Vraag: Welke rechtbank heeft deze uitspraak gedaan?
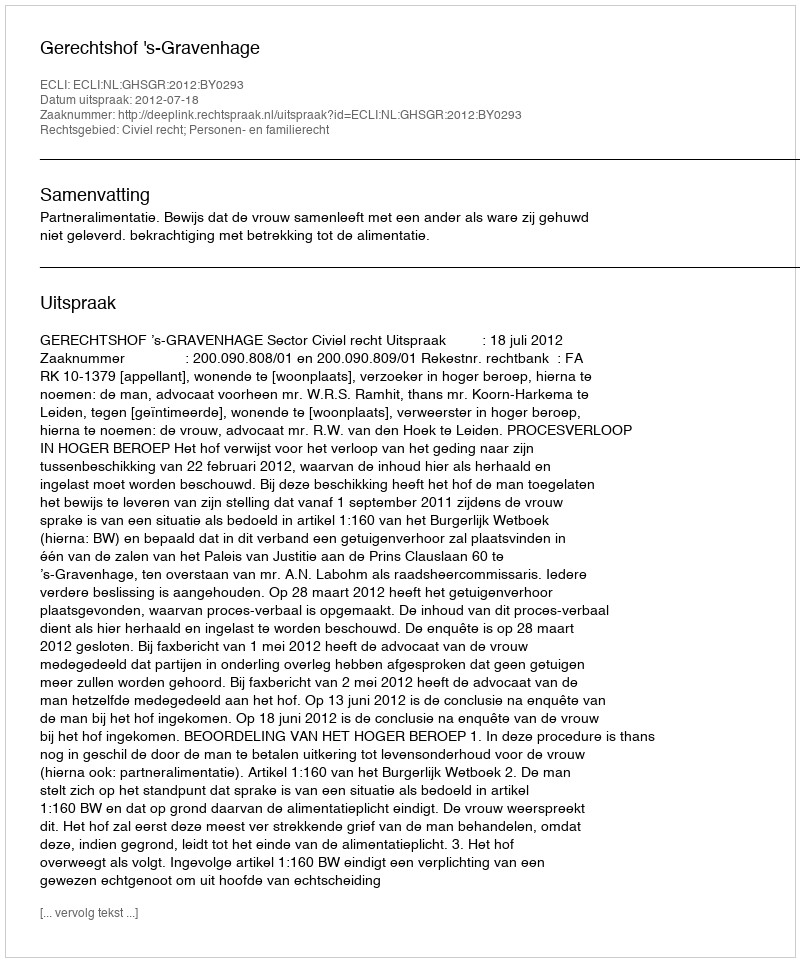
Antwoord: Gerechtshof 's-Gravenhage